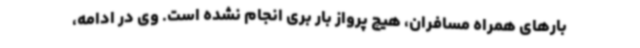
بارهای همراه مسافران، هیچ پرواز بار بری انجام نشده است. وی در ادامه،